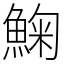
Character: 䱡